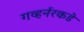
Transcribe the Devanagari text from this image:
गव्हर्नरकडे